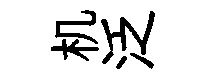
机泛